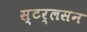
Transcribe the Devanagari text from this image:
स्टर्लसन